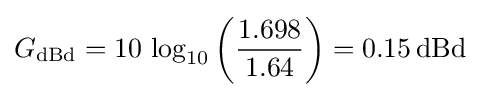
G_{\text{dBd}}=10\,\log _{10}\left({\frac {1.698}{1.64}}\right)=0.15\,{\text{dBd}}